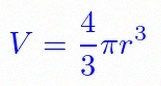
V=\frac43\pi r^3